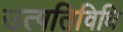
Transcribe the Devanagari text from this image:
उत्पतिविधि